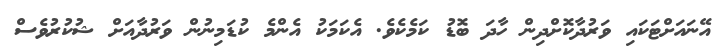
އޭނައަށްޓަކައި ވަރުދާކޮށްދިން ހާދަ ބޮޑު ކަމެކެވެ. އެކަމަކު އެންމެ ކުޑަމިނުން ވަރުދާއަށް ޝުކުރުވެސް